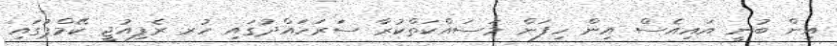
އިން ބުނީ އައިއެސް އިން ހިފަން މަސައްކަތްކުރާ ސަރަހައްދުގައި ހުރ ރެފިއުޖީ ކޭމްޕުގައި